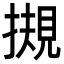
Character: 摫